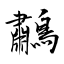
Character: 鷫